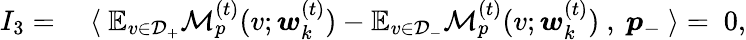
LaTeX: \begin{array}{rl}{I_{3}=}&{~\langle~\mathbb{E}_{v\in\mathcal{D}_{+}}\mathcal{M}_{p}^{(t)}(v;{\boldsymbol w}_{k}^{(t)})-\mathbb{E}_{v\in\mathcal{D}_{-}}\mathcal{M}_{p}^{(t)}(v;{\boldsymbol w}_{k}^{(t)})~,~{\boldsymbol p}_{-}~\rangle=~0,}\end{array}